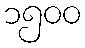
၁၅၀၀